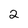
Character: 2